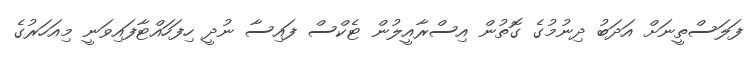
ފަލަސްތީނަށް އަދަބު ދިނުމުގެ ގޮތުން އިސްރާއީލުން ޓެކްސް ފައިސާ ނުދީ ހިފަހައްޓާފައިވަނީ މިއަހަރުގެ